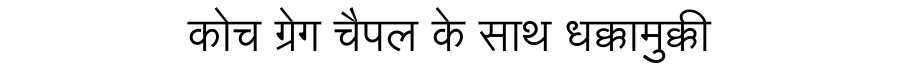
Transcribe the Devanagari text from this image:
कोच ग्रेग चैपल के साथ धक्कामुक्की